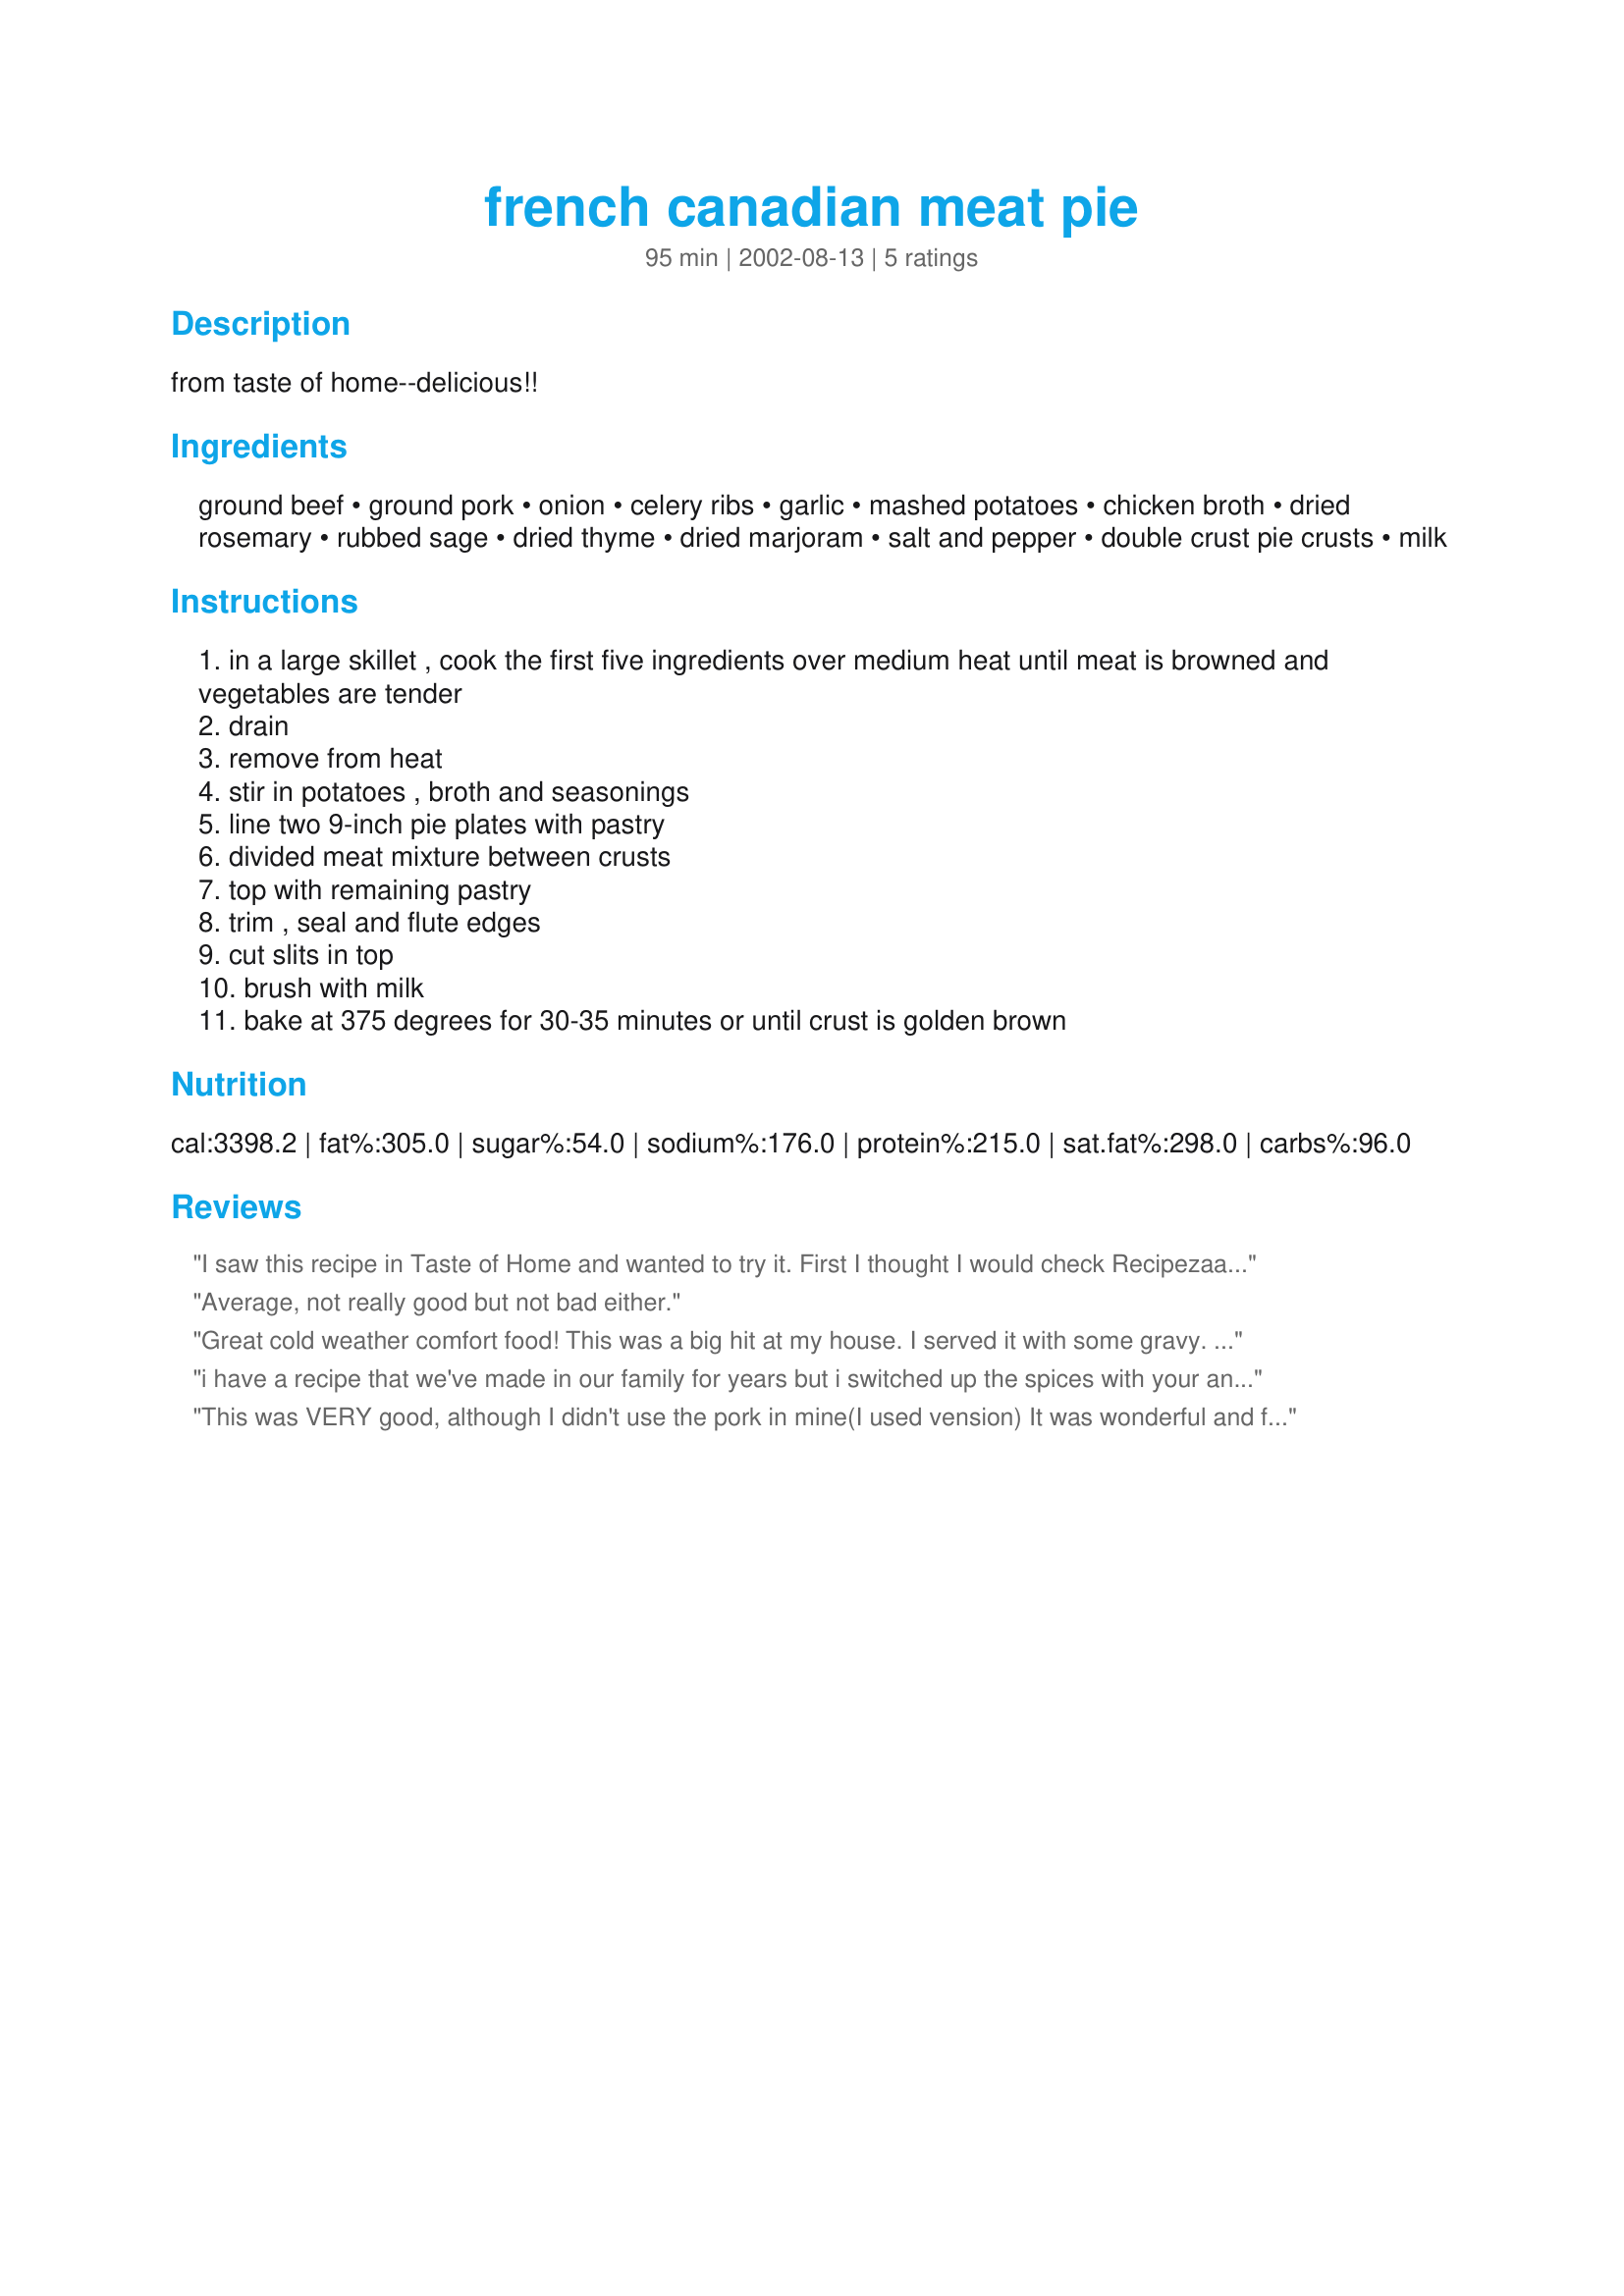
french canadian meat pie
Preparation time: 95 minutes

from taste of home--delicious!!

Ingredients:
ground beef, ground pork, onion, celery ribs, garlic, mashed potatoes, chicken broth, dried rosemary, rubbed sage, dried thyme, dried marjoram, salt and pepper, double crust pie crusts, milk

Steps:
in a large skillet , cook the first five ingredients over medium heat until meat is browned and vegetables are tender
drain
remove from heat
stir in potatoes , broth and seasonings
line two 9-inch pie plates with pastry
divided meat mixture between crusts
top with remaining pastry
trim , seal and flute edges
cut slits in top
brush with milk
bake at 375 degrees for 30-35 minutes or until crust is golden brown

Reviews:
I saw this recipe in Taste of Home and wanted to try it. First I thought I would check Recipezaar and see if anyone had and the ratings it got. When I saw that NurseDi had listed it then I knew it had to be good and it had good ratings. To me this was a "perfect" comfort food. It tasted so good. My husband liked it because it was "Meat and Taters". I would recommend this recipe to anyone.
Average, not really good but not bad either.
Great cold weather comfort food! This was a big hit at my house. I served it with some gravy. Yummy!
i have a recipe that we've made in our family for years but i switched up the spices with your and found it very, very tasty indeed.... will now be our family recipe... thanks for posting
This was VERY good, although I didn't use the pork in mine(I used vension) It was wonderful and full of flavor! This is a keeper, thank you.
